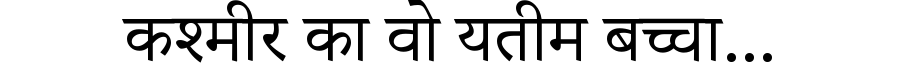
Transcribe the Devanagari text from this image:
कश्मीर का वो यतीम बच्चा...